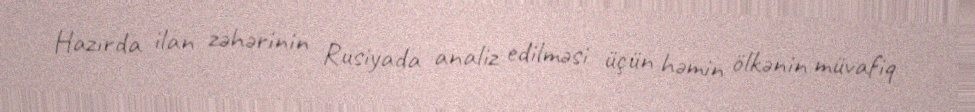
Hazırda ilan zəhərinin Rusiyada analiz edilməsi üçün həmin ölkənin müvafiq